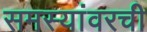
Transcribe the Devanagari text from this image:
समस्यांवरची